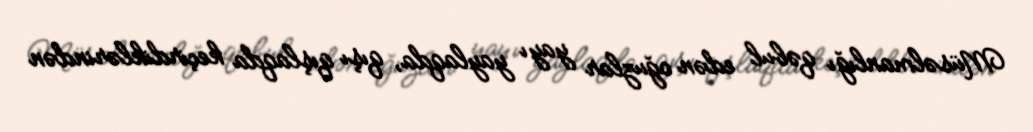
Müsəlmanlığı qəbul edən oğuzlar yayı yaylaqda, qışı qışlaqda keçirdiklərindən